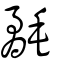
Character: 氄